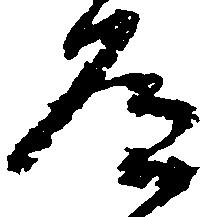
道